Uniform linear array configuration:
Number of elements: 48
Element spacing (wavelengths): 1
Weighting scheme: blackman
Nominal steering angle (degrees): -45
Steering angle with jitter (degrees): -44.331
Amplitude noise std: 0.05
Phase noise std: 0.05

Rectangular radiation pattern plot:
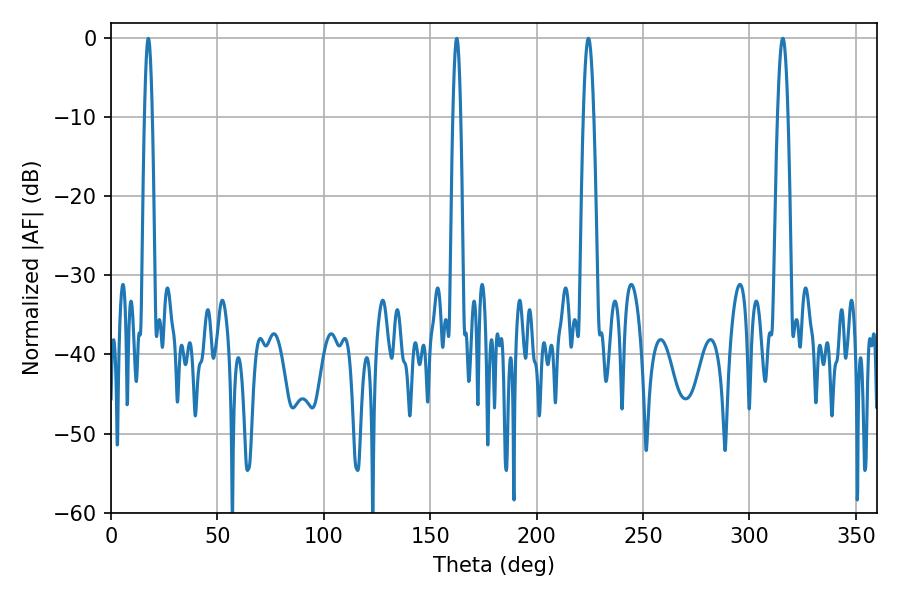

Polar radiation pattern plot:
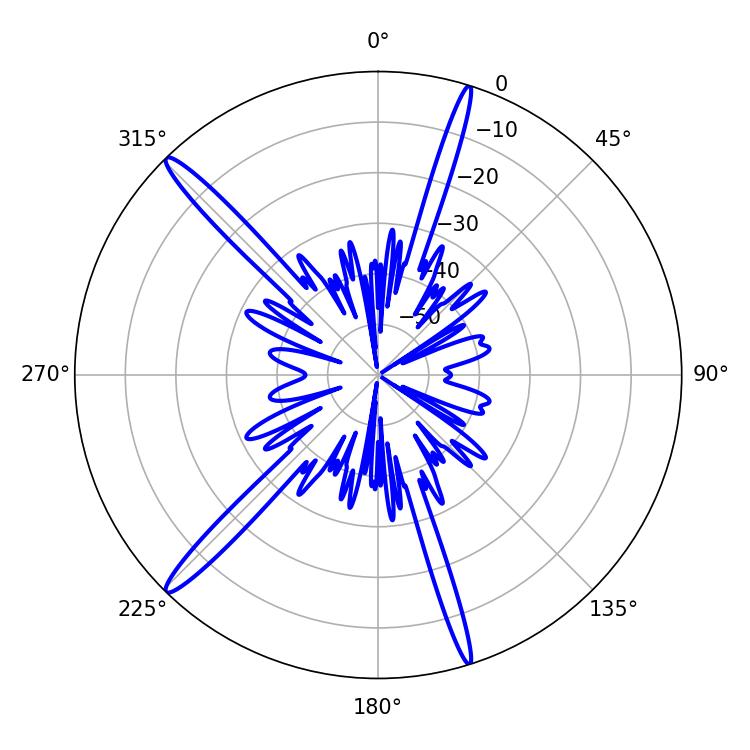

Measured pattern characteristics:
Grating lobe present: TRUE
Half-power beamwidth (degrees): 2.7
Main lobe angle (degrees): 224.28